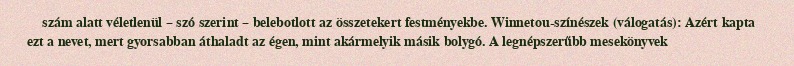
szám alatt véletlenül – szó szerint – belebotlott az összetekert festményekbe. Winnetou-színészek (válogatás): Azért kapta ezt a nevet, mert gyorsabban áthaladt az égen, mint akármelyik másik bolygó. A legnépszerűbb mesekönyvek